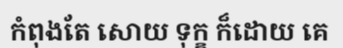
កំពុងតែ សោយ ទុក្ខ ក៏ដោយ គេ